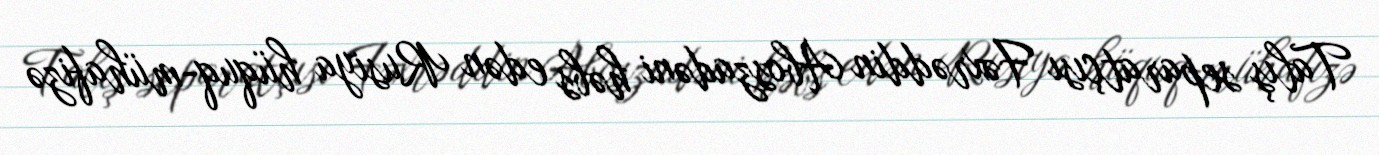
Talış separatçısı Fəxrəddin Aboszadəni həbs edən Rusiya hüquq-mühafizə